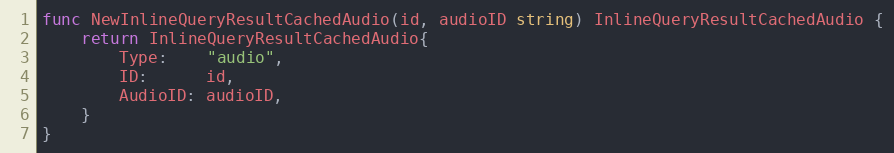
Language: Go
func NewInlineQueryResultCachedAudio(id, audioID string) InlineQueryResultCachedAudio {
	return InlineQueryResultCachedAudio{
		Type:    "audio",
		ID:      id,
		AudioID: audioID,
	}
}